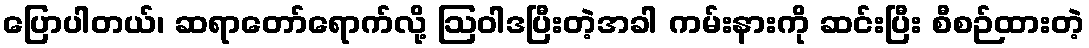
ပြောပါတယ်၊ ဆရာတော်ရောက်လို့ ဩဝါဒပြီးတဲ့အခါ ကမ်းနားကို ဆင်းပြီး စီစဉ်ထားတဲ့